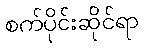
စက်ပိုင်းဆိုင်ရာ